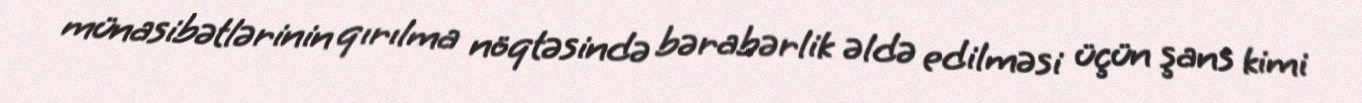
münasibətlərinin qırılma nöqtəsində bərabərlik əldə edilməsi üçün şans kimi